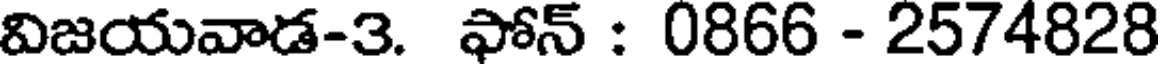
విజయవాడ-3. ఫోన్ : 0866 - 2574828